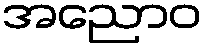
အညောဝ